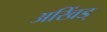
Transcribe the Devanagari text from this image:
अखिंड्